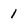
Character: 1